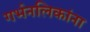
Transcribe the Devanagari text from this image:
गर्भनलिकांना